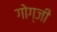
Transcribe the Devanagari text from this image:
गोग्जी